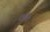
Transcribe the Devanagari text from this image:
रोचैट